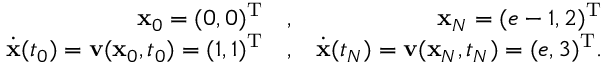
\begin{array} { r l r } { { \mathbf x } _ { 0 } = ( 0 , 0 ) ^ { { \mathrm T } } } & { , } & { { \mathbf x } _ { N } = ( e - 1 , 2 ) ^ { { \mathrm T } } } \\ { \dot { { \mathbf x } } ( t _ { 0 } ) = { \mathbf v } ( { \mathbf x } _ { 0 } , t _ { 0 } ) = ( 1 , 1 ) ^ { { \mathrm T } } } & { , } & { \dot { { \mathbf x } } ( t _ { N } ) = { \mathbf v } ( { \mathbf x } _ { N } , t _ { N } ) = ( e , 3 ) ^ { { \mathrm T } } . } \end{array}